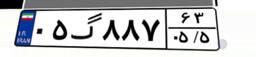
۰۵گ۸۸۷۶۳